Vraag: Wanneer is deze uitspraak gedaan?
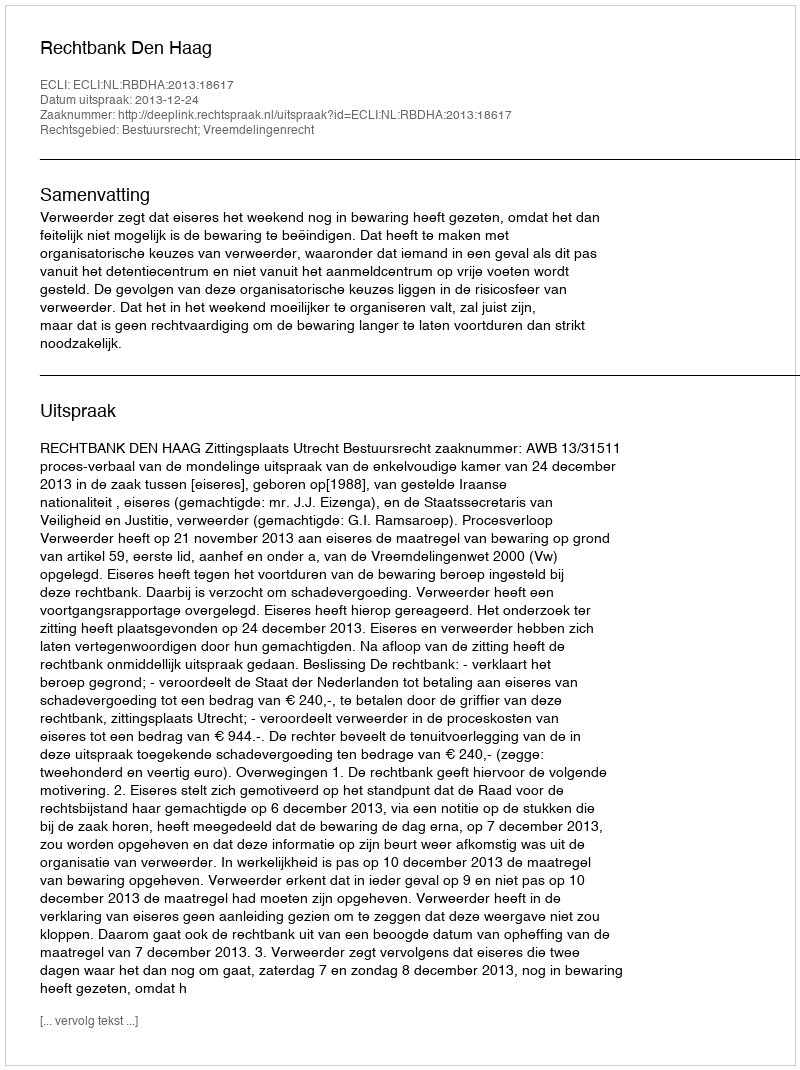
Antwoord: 2013-12-24